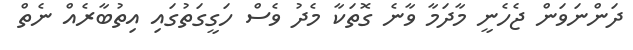
ދަންނަވަން ޖެހެނީ މާދަމާ ވާނެ ގޮތަކާ މެދު ވެސް ހަގީގަތުގައި އިތުބާރެއް ނެތް